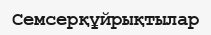
Семсерқұйрықтылар